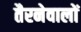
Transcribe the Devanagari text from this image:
तैरनेवालों